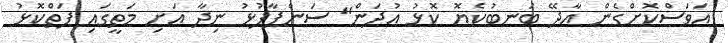
އަވަސްކޮށްގެން އާދޭ ބަނބުކެޔޮ ކޮޅު އުދަން" ސަންޕާފުޅު ނިދާ އަށި މަތީގައި ފަތްކޮޅު